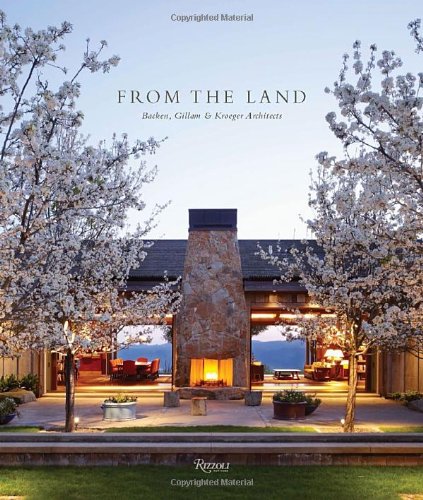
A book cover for From the Land: Backen, Gillam, & Kroeger Architects; Daniel P. Gregory; Crafts, Hobbies & Home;